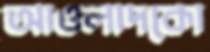
আওলাদকো